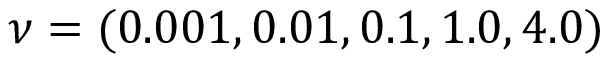
\nu = ( 0 . 0 0 1 , 0 . 0 1 , 0 . 1 , 1 . 0 , 4 . 0 )